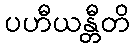
ပဟီယန္တီတိ